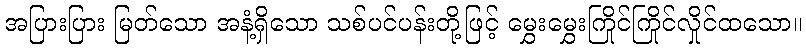
အပြားပြား မြတ်သော အနံ့ရှိသော သစ်ပင်ပန်းတို့ဖြင့် မွှေးမွှေးကြိုင်ကြိုင်လှိုင်ထသော။